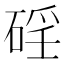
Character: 𥓕